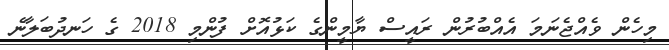
މިހެން ވެއްޖެނަމަ އެއްބުރުން ރައީސް ޔާމީންގެ ކަޅުއޮށް ފުންމި 2018 ގެ ހަނދުބަލާނެ